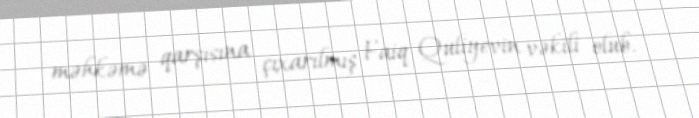
məhkəmə qarşısına çıxarılmış Faiq Quliyevin vəkili olub.